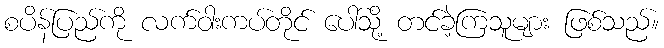
စပိန်ပြည်ကို လက်ဝါးကပ်တိုင် ပေါ်သို့ တင်ခဲ့ကြသူများ ဖြစ်သည်။